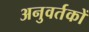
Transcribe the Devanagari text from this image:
अनुवर्तकों